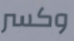
وكسر